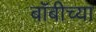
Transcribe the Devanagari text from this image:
बॉबीच्या